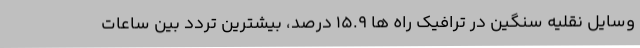
وسایل نقلیه سنگین در ترافیک راه ها 15.9 درصد، بیشترین تردد بین ساعات